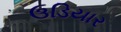
ઉડિયાર